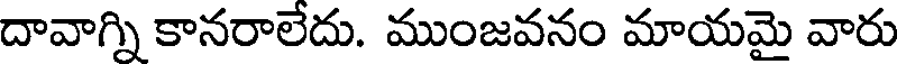
దావాగ్ని కానరాలేదు. ముంజవనం మాయమై వారు